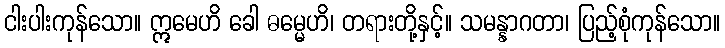
ငါးပါးကုန်သော။ ဣမေဟိ ခေါ ဓမ္မေဟိ၊ တရားတို့နှင့်။ သမန္နာဂတာ၊ ပြည့်စုံကုန်သော။